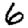
Digit: 6